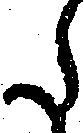
た